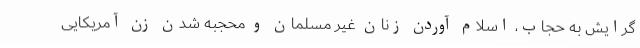
گرایش به حجاب، اسلام آوردن زنان غیر مسلمان و محجبه شدن زن آمریکایی